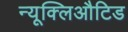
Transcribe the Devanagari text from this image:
न्यूक्लिऔटिड